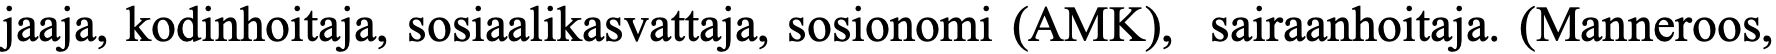
jaaja, kodinhoitaja, sosiaalikasvattaja, sosionomi (AMK), sairaanhoitaja. (Manneroos,